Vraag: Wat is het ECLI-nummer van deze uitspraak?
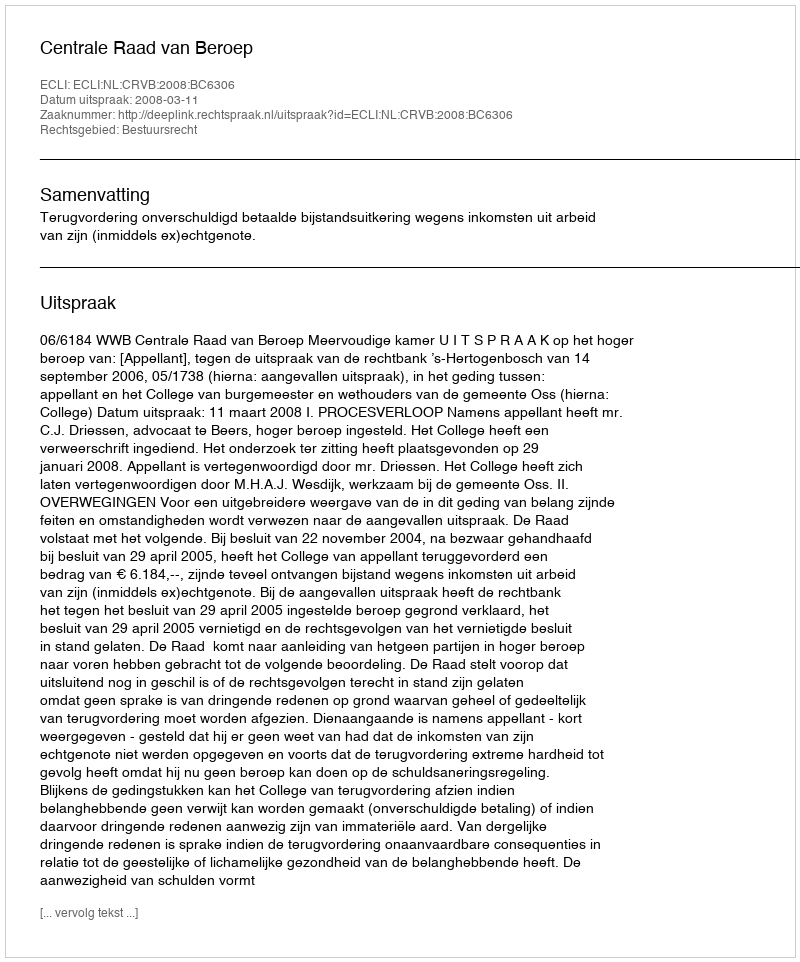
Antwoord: ECLI:NL:CRVB:2008:BC6306